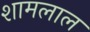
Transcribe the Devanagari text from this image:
शामलाल